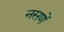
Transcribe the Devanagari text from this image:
नसणें